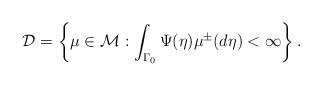
LaTeX: \begin{align*} \mathcal{D}= \left\{ \mu \in \mathcal{M}: \int_{\Gamma_0} \Psi(\eta) \mu^{\pm}(d\eta)<\infty\right\}.\end{align*}